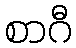
စာဂီ